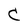
Character: C